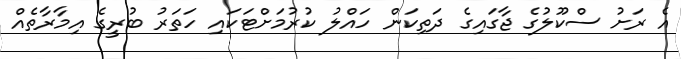
އެ ރަށު ސްކޫލުގެ ޖާގައިގެ ދަތިކަން ހައްލު ކުރުމަށްޓަކައި ހަތަރު ބުރީގެ އިމާރާތެއް